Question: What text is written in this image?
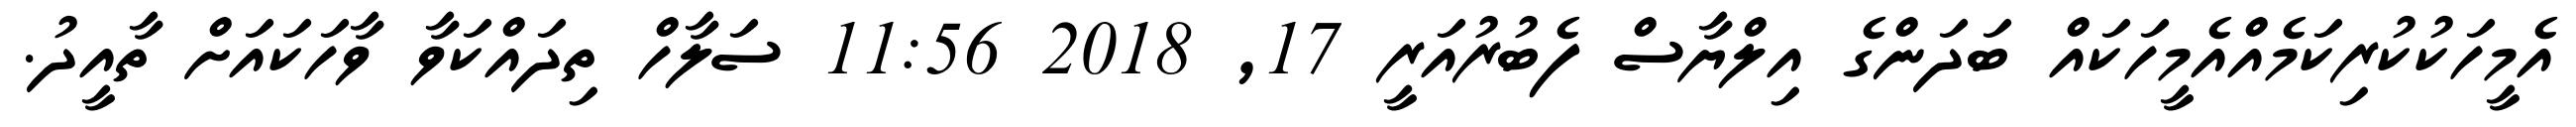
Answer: އެމީހަކުކުރިކަމެއްއެމީހަކައް ބަދަންގެ އިލްޔާސް ފެބުރުއަރީ 17, 2018 11:56 ސަލާހް ތިދައްކަވާ ވާހަކައަށް ތާއީދު.